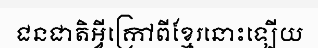
ជនជាតិអ្វីក្រៅពីខ្មែរនោះឡើយ